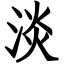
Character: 淡